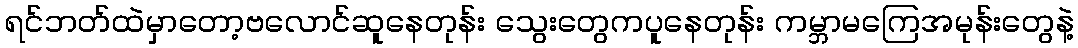
ရင်ဘတ်ထဲမှာတော့ဗလောင်ဆူနေတုန်း သွေးတွေကပူနေတုန်း ကမ္ဘာမကြေအမုန်းတွေနဲ့